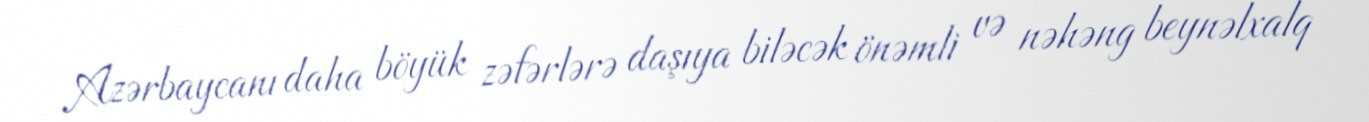
Azərbaycanı daha böyük zəfərlərə daşıya biləcək önəmli və nəhəng beynəlxalq